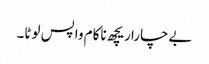
بےچارا ریچھ ناکام واپس لوٹا۔